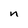
Character: n